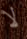
لا